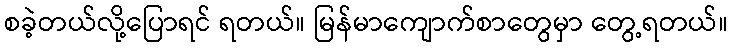
စခဲ့တယ်လို့ပြောရင် ရတယ်။ မြန်မာကျောက်စာတွေမှာ တွေ့ရတယ်။